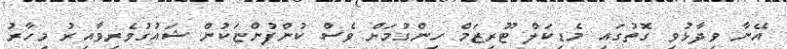
އޭނާ ވިދާޅުވި ގޮތުގައި މެޑިކަލް ޓޫރިޒަމް ހިންގުމަށް ވެސް ކުންފުންޏަކުން ޝައުގުވެރިވާއިރު މިހާރު